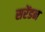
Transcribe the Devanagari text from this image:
सरेंडन